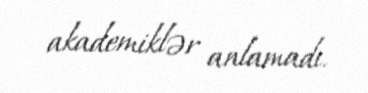
akademiklər anlamadı.